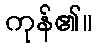
ကုန်၏။